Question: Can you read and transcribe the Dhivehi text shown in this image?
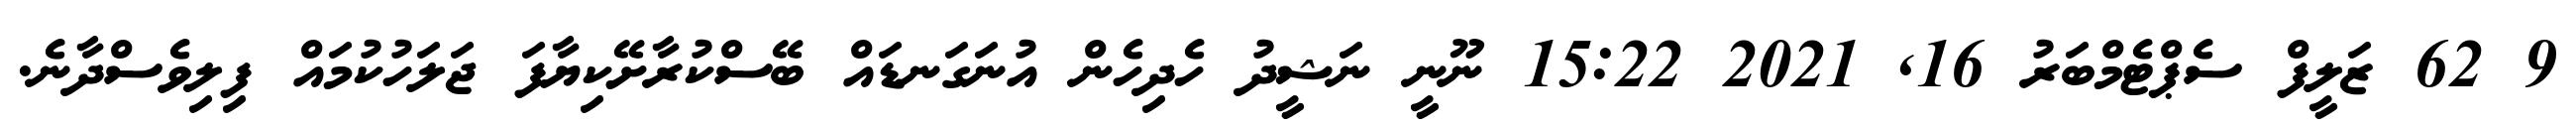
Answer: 9 62 ޒަލީފް ސެޕްޓެމްބަރު 16, 2021 15:22 ނޫނީ ނަޝީދު ހެދިހެން އުނަގަނޑައް ބޭސްކުރާށޭކިޔާފަ ޖަލަހުކުމައް ފިލިވެސްދާނެ.